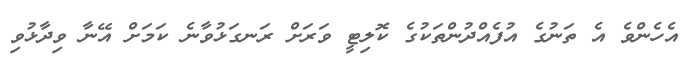
އެހެންވެ އެ ތަނުގެ އުފެއްދުންތަކުގެ ކޮލިޓީ ވަރަށް ރަނގަޅުވާނެ ކަމަށް އޭނާ ވިދާޅުވި